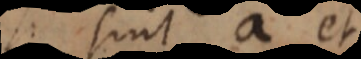
sint a et